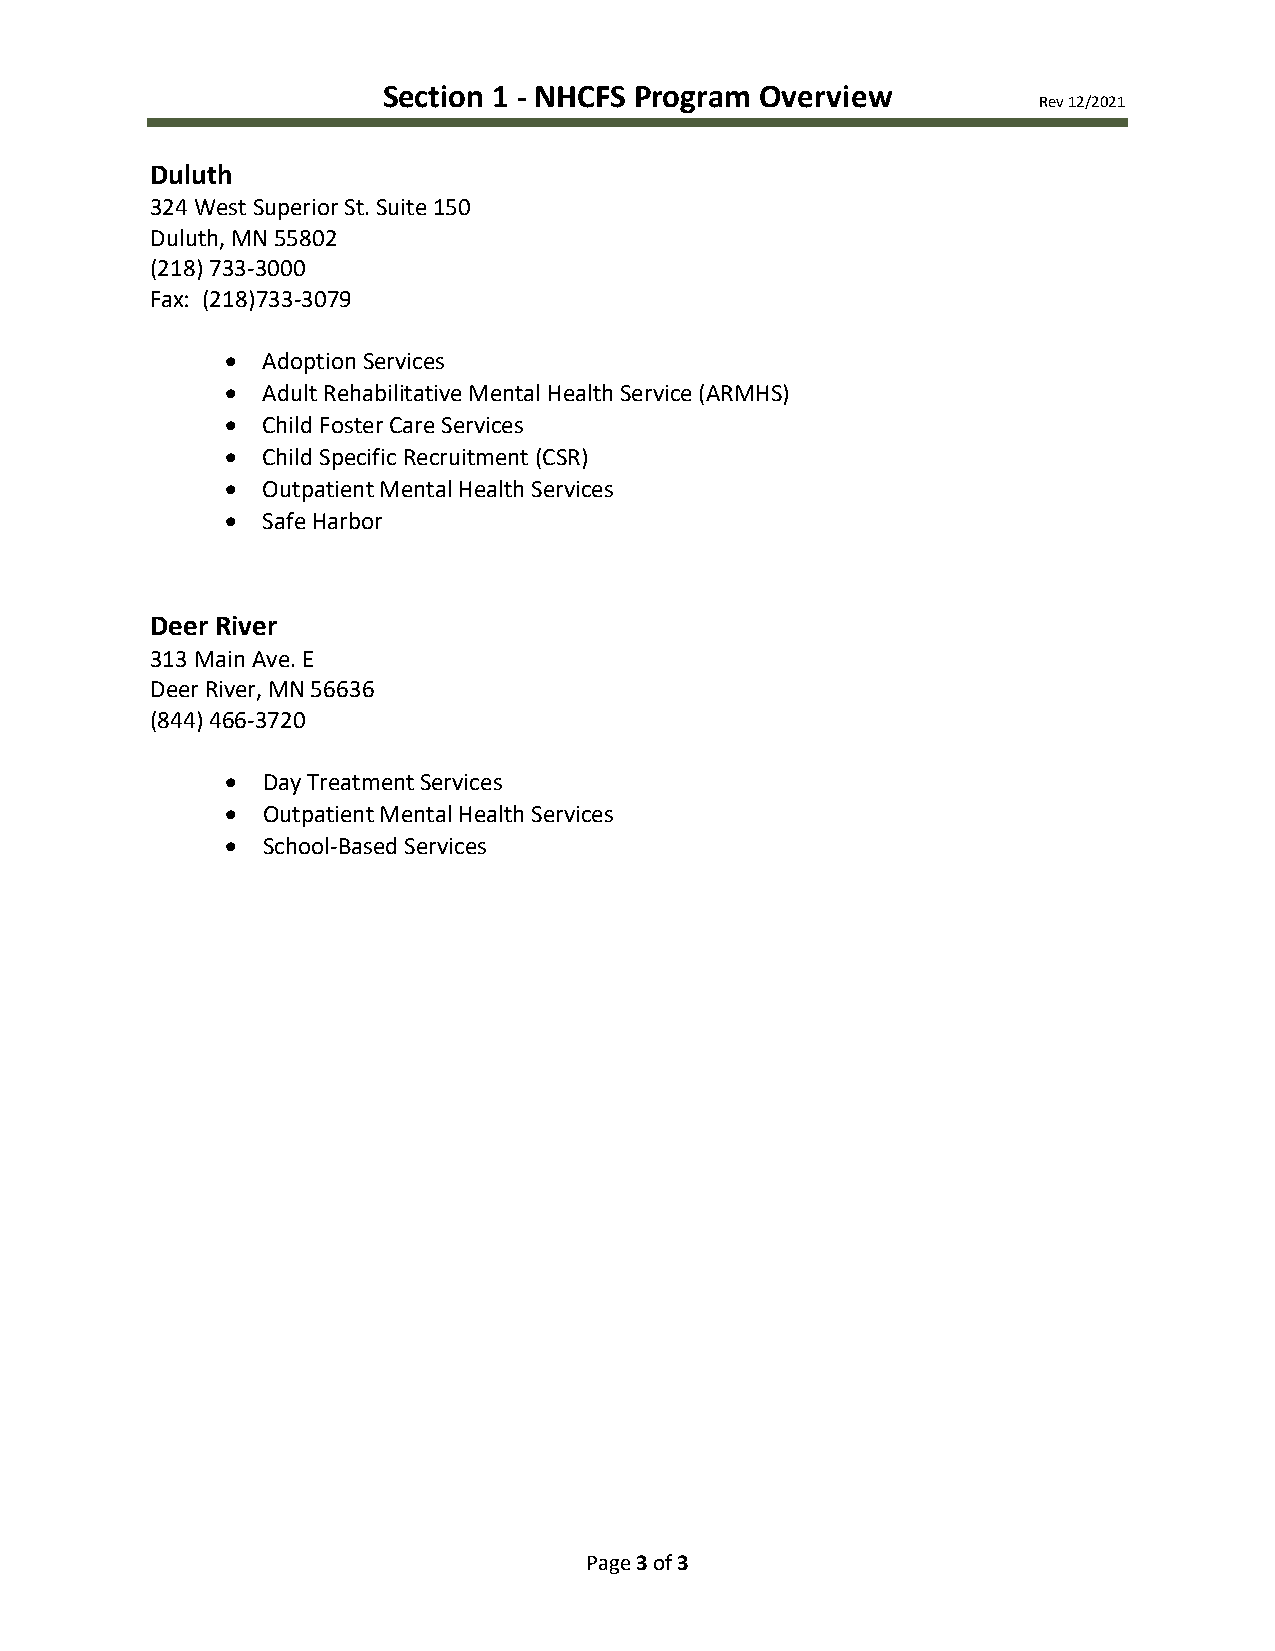
Section 1 - NHCFS Program Overview
 Rev 12/2021
 Duluth
 324 West Superior St. Suite 150
 Duluth, MN 55802
 (218) 733-3000
 Fax: (218)733-3079
 • Adoption Services
 • Adult Rehabilitative Mental Health Service (ARMHS)
 • Child Foster Care Services
 • Child Specific Recruitment (CSR)
 • Outpatient Mental Health Services
 • Safe Harbor
 Deer River
 313 Main Ave. E
 Deer River, MN 56636
 (844) 466-3720
 • Day Treatment Services
 • Outpatient Mental Health Services
 • School-Based Services
 Page 3 of 3